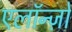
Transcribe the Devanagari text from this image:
एलॉन्ज़ो